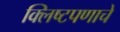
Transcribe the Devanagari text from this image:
क्लिष्टपणाचे